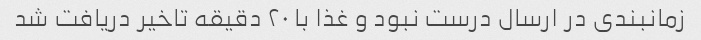
زمانبندی در ارسال درست نبود و غذا با ۲۰ دقیقه تاخیر دریافت شد